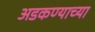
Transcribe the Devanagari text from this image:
अडकण्याच्या